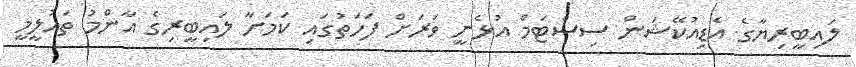
ލައިބީރިޔާގެ އެޑިއުކޭޝަން ސިސްޓަމް އުޅެނީ ވަރަށް ފަހަތުގައި ކަމަށާ ލައިބީރިގެ އާންމު ތައުލީމީ